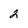
Character: 2